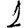
Digit: 1